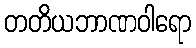
တတိယဘာဏဝါရော